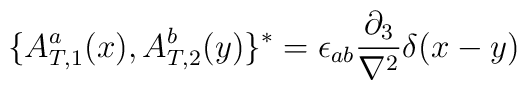
\{{ A^{a}_{T,1}}(x) ,{ A^{b}_{T,2}}(y)\}^*= \epsilon_{ab} \frac{\partial_3}{\nabla^2} \delta(x-y)